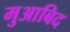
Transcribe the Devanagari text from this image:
मुआबिद